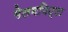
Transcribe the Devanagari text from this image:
मेलमपिट्टा